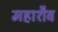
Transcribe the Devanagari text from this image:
महाशैव